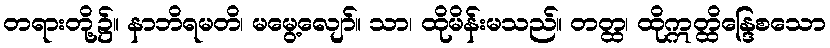
တရားတို့၌။ နာဘိရမတိ၊ မမွေ့လျော်။ သာ၊ ထိုမိန်းမသည်။ တတ္ထ၊ ထိုဣတ္ထိန္ဒြေစသော